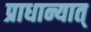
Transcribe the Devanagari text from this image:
प्राधान्यात्